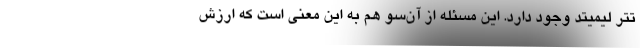
تتر لیمیتد وجود دارد. این مسئله از آن‌سو هم به این معنی است که ارزش